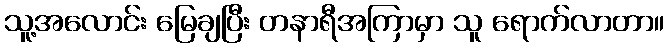
သူ့အလောင်း မြေချပြီး တနာရီအကြာမှာ သူ ရောက်လာတာ။